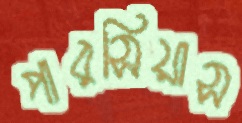
পারসিয়াস